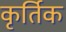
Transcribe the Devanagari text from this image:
कृर्तिक